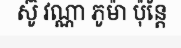
ស៊ូ វណ្ណា ភូម៉ា ប៉ុន្តែ